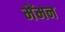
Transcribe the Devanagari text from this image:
मेंमन